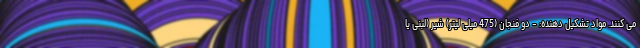
می کنند. مواد تشکیل دهنده: - دو فنجان (475 میلی لیتر) شیر (لبنی یا